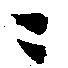
ニ